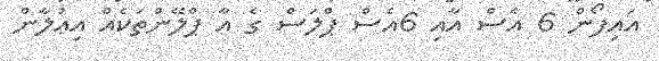
އައިފޯން 6 އެސް އާއި 6އެސް ޕްލަސް ގެ އާ ޕްލޭންތަކެއް އިޢުލާން